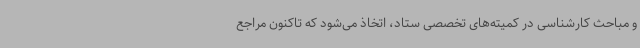
و مباحث کارشناسی در کمیته‌های تخصصی ستاد، اتخاذ می‌شود که تاکنون مراجع